Plague in India, 1896, 1897 - Volume 3
Year: 1896
Disease focus: Plague
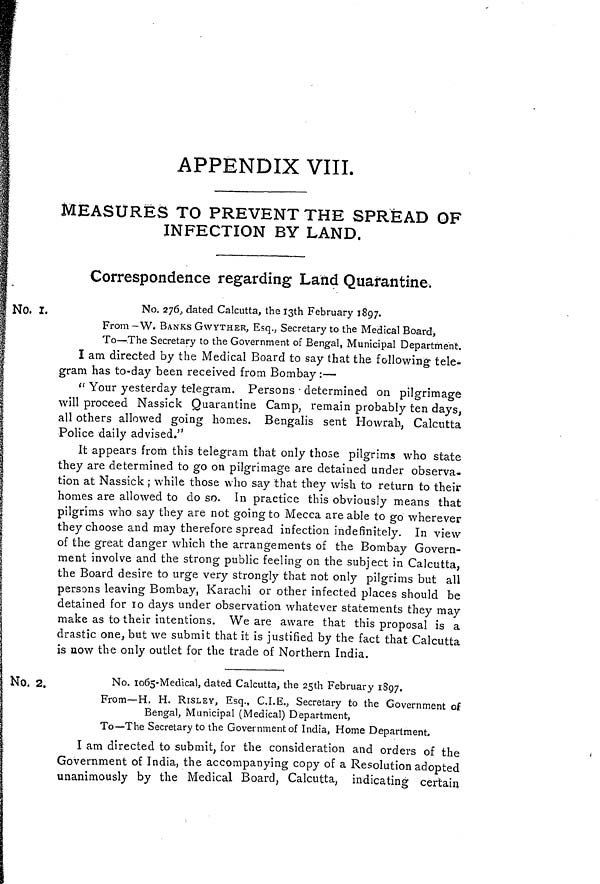
APPENDIX VIII.
MEASURES TO PREVENT THE SPREAD OF
INFECTION BY LAND.
Correspondence regarding Land Quarantine.
No. r.
No. 276, dated Calcutta, the 13th February 1897.
From -W. BANKS GWYTHER, Esq., Secretary to the Medical Board,
To—The Secretary to the Government of Bengal, Municipal Department.
I am directed by the Medical Board to say that the following tele-
gram has to-day been received from Bombay :—
" Your yesterday telegram. Persons • determined on pilgrimage
will proceed Nassick Quarantine Camp, remain probably ten days,
all others allowed going homes. Bengalis sent Howrah, Calcutta
Police daily advised."
It appears from this telegram that only those pilgrims who state
they are determined to go on pilgrimage are detained under observa-
tion at Nassick ; while those who say that they wish to return to their
homes are allowed to do so. In practice this obviously means that
pilgrims who say they are not going to Mecca are able to go wherever
they choose and may therefore spread infection indefinitely. In view
of the great danger which the arrangements of the Bombay Govern-
ment involve and the strong public feeling on the subject in Calcutta,
the Board desire to urge very strongly that not only pilgrims but all
persons leaving Bombay, Karachi or other infected places should be
detained for 10 days under observation whatever statements they may
make as to their intentions. We are aware that this proposal is a
drastic one, but we submit that it is justified by the fact that Calcutta
is now the only outlet for the trade of Northern India.
No. 2.
No. 1o65-Medical, dated Calcutta, the 25th February 1897.
From—H. H. RISLEY, Esq., C.I.E., Secretary to the Government of
Bengal, Municipal (Medical) Department,
To—The Secretary to the Government of India, Home Department,
I am directed to submit, for the consideration and orders of the
Government of India, the accompanying copy of a Resolution adopted
unanimously by the Medical Board, Calcutta, indicating certain